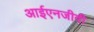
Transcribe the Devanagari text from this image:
आईएनजीवी